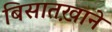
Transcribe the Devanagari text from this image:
बिसातख़ाने